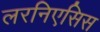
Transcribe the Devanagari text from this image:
लरनिएसिस